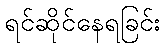
ရင်ဆိုင်နေရခြင်း